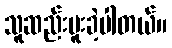
သူဆည်းပူးခဲ့ပါတယ်။